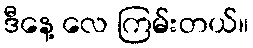
ဒီနေ့ လေ ကြမ်းတယ်။